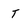
Character: T